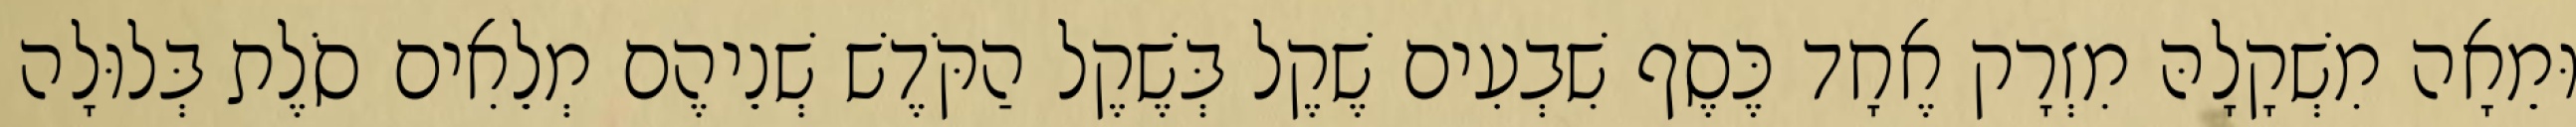
וּמֵאָה מִשְׁקָלָהּ מִזְרָק אֶחָד כֶּסֶף שִׁבְעִים שֶׁקֶל בְּשֶׁקֶל הַקֹּדֶשׁ שְׁנֵיהֶם מְלֵאִים סֹלֶת בְּלוּלָה